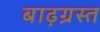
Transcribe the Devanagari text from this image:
बाढ़ग्रस्‍त